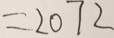
= 2 0 7 2